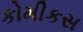
કોમીકસ